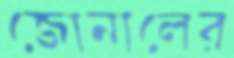
জোনালের